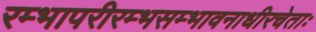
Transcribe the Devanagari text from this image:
रम्भापरीरम्भसम्भावनाधीरचेताः